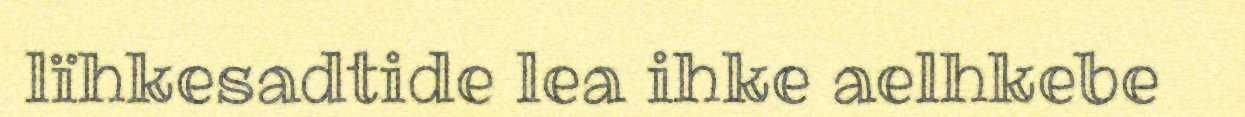
lïhkesadtide lea ihke aelhkebe